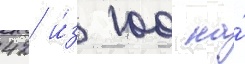
42 и́з 100 на́